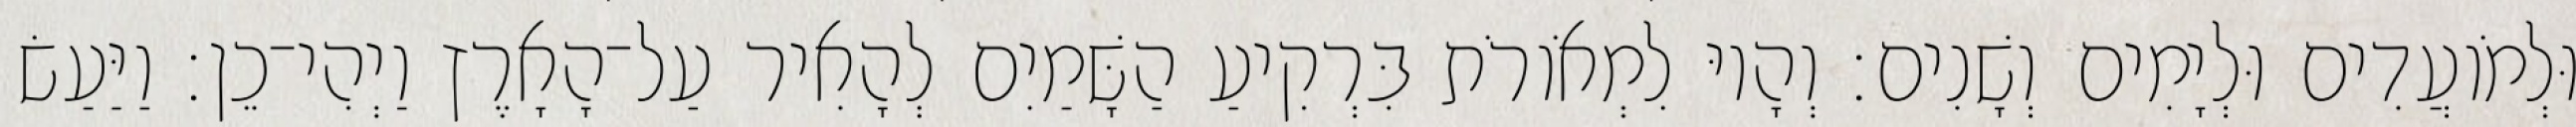
וּלְמֹועֲדִים וּלְיָמִים וְשָׁנִים׃ וְהָיוּ לִמְאֹורֹת בִּרְקִיעַ הַשָּׁמַיִם לְהָאִיר עַל־הָאָרֶץ וַיְהִי־כֵן׃ וַיַּעַשׂ